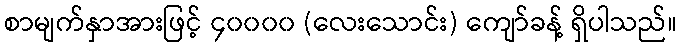
စာမျက်နှာအားဖြင့် ၄၀၀၀၀ (လေးသောင်း) ကျော်ခန့် ရှိပါသည်။